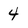
Character: 4